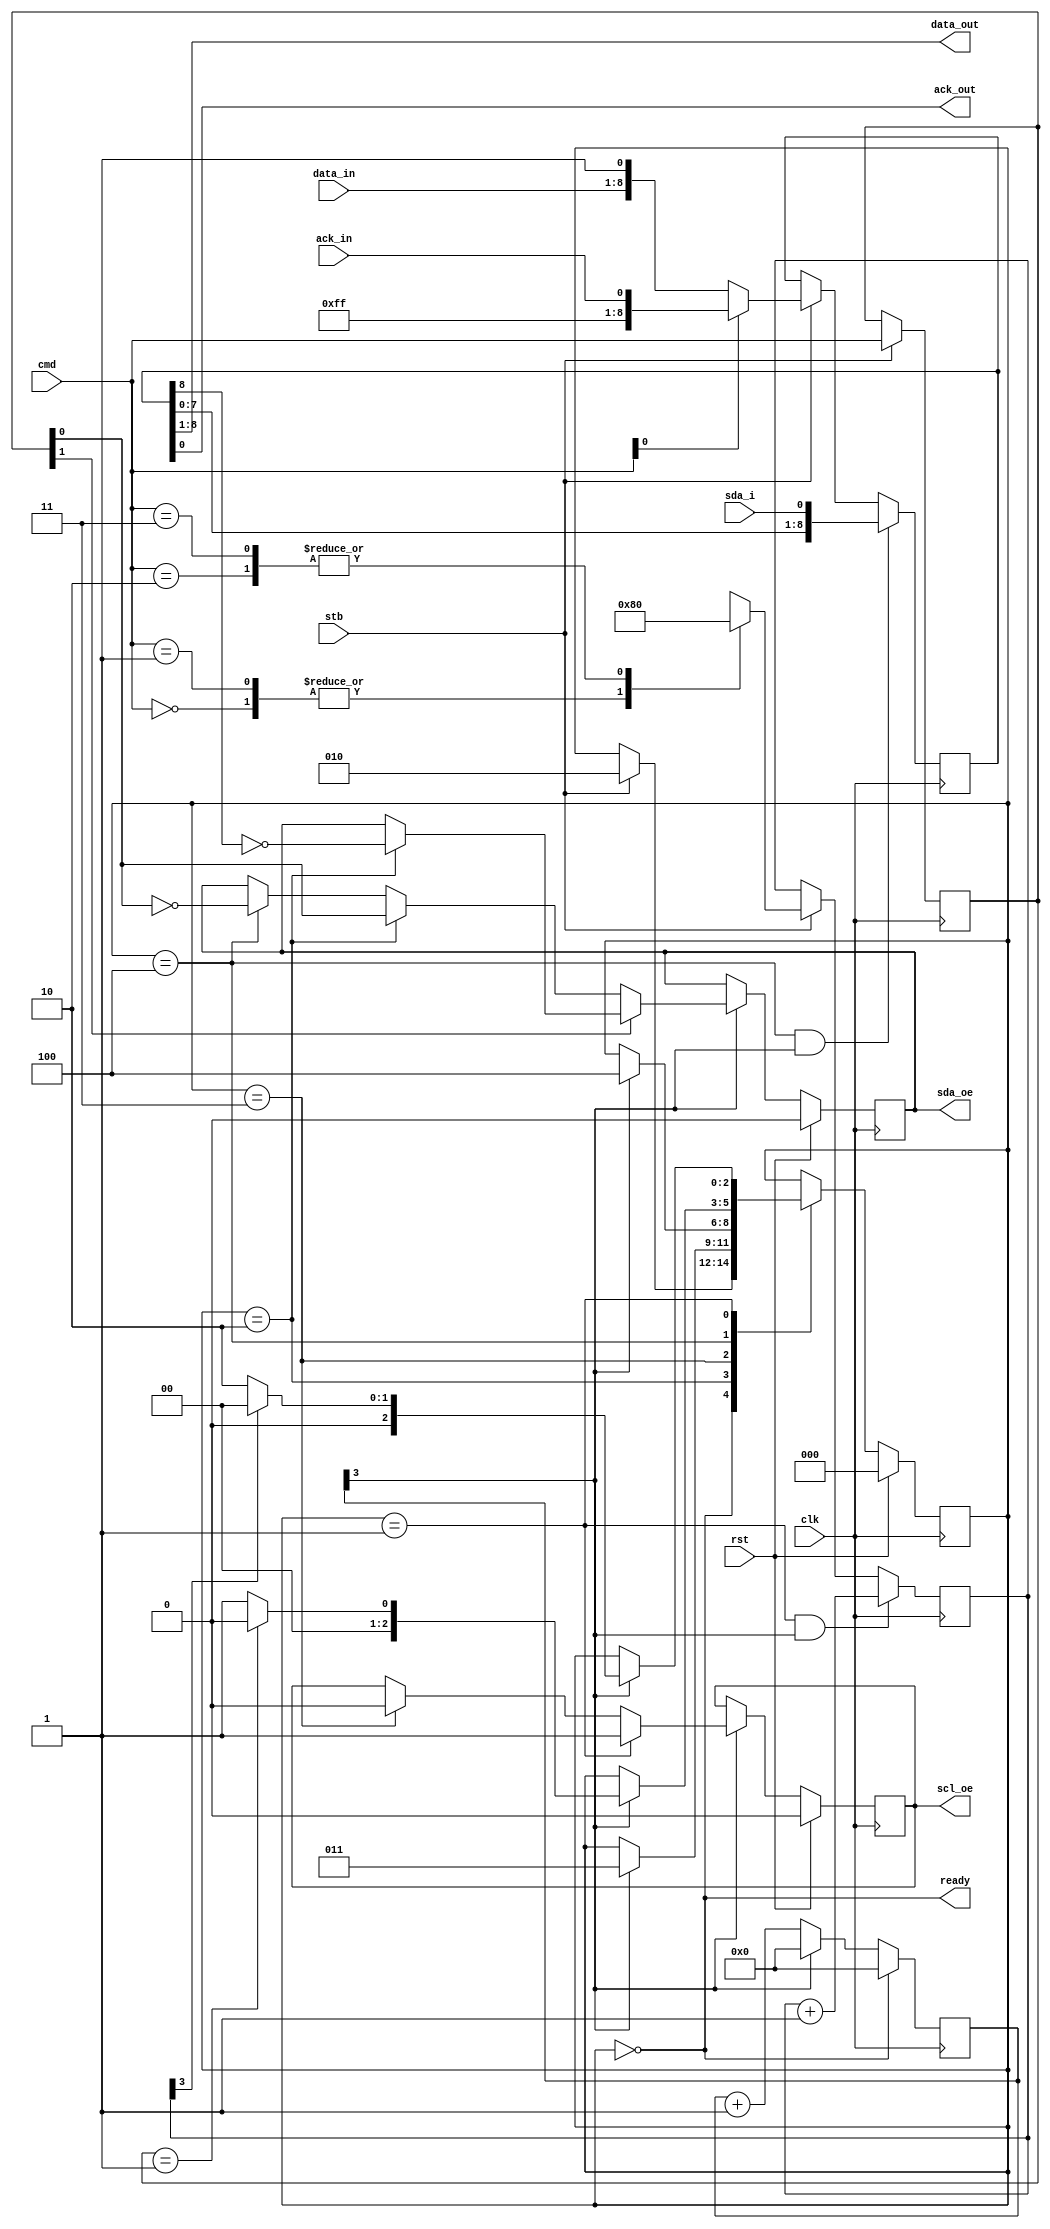
/*
 * i2c_master.v
 *
 * vim: ts=4 sw=4
 *
 * Copyright (C) 2019-2021  Sylvain Munaut <tnt@246tNt.com>
 * SPDX-License-Identifier: CERN-OHL-P-2.0
 */

`default_nettype none

module i2c_master #(
	parameter integer DW = 3
)(
	// IOs
	output reg  scl_oe,
	output reg  sda_oe,
	input  wire sda_i,

	// Control
	input  wire [7:0] data_in,
	input  wire       ack_in,
	input  wire [1:0] cmd,
	input  wire       stb,

	output wire [7:0] data_out,
	output wire       ack_out,

	output wire ready,

	// Clock / Reset
	input  wire clk,
	input  wire rst
);

	// Commands
	localparam [1:0] CMD_START = 2'b00;
	localparam [1:0] CMD_STOP  = 2'b01;
	localparam [1:0] CMD_WRITE = 2'b10;
	localparam [1:0] CMD_READ  = 2'b11;

	// FSM states
	localparam
		ST_IDLE       = 0,
		ST_LOWER_SCL  = 1,
		ST_LOW_CYCLE  = 2,
		ST_RISE_SCL   = 3,
		ST_HIGH_CYCLE = 4;


	// Signals
	// -------

	reg [2:0] state;
	reg [2:0] state_nxt;

	reg [1:0] cmd_cur;

	reg [DW:0] cyc_cnt;
	wire cyc_now;

	reg [3:0] bit_cnt;
	wire bit_last;

	reg [8:0] data_reg;


	// State Machine
	// -------------

	always @(posedge clk)
		if (rst)
			state <= ST_IDLE;
		else
			state <= state_nxt;

	always @(*)
	begin
		// Default is to stay put
		state_nxt = state;

		// Act depending on current state
		case (state)
			ST_IDLE:
				if (stb)
					state_nxt = ST_LOW_CYCLE;

			ST_LOW_CYCLE:
				if (cyc_now)
					state_nxt = ST_RISE_SCL;

			ST_RISE_SCL:
				if (cyc_now)
					state_nxt = ST_HIGH_CYCLE;

			ST_HIGH_CYCLE:
				if (cyc_now)
					state_nxt = (cmd_cur == 2'b01) ? ST_IDLE : ST_LOWER_SCL;

			ST_LOWER_SCL:
				if (cyc_now)
					state_nxt = bit_last ? ST_IDLE : ST_LOW_CYCLE;
		endcase
	end

	// Misc control
	// ------------

	always @(posedge clk)
		if (stb)
			cmd_cur <= cmd;


	// Baud Rate generator
	// -------------------

	always @(posedge clk)
		if (state == ST_IDLE)
			cyc_cnt <= 0;
		else
			cyc_cnt <= cyc_cnt[DW] ? 0 : (cyc_cnt + 1);

	assign cyc_now = cyc_cnt[DW];


	// Bit count
	// ---------

	always @(posedge clk)
		if ((state == ST_LOWER_SCL) && cyc_now)
			bit_cnt <= bit_cnt + 1;
		else if (stb)
			case (cmd)
				2'b00:   bit_cnt <= 4'h8; // START
				2'b01:   bit_cnt <= 4'h8; // STOP
				2'b10:   bit_cnt <= 4'h0; // Write
				2'b11:   bit_cnt <= 4'h0; // Read
				default: bit_cnt <= 4'hx;
			endcase

	assign bit_last = bit_cnt[3];


	// Data register
	// -------------

	always @(posedge clk)
		if ((state == ST_HIGH_CYCLE) && cyc_now)
			data_reg <= { data_reg[7:0], sda_i };
		else if (stb)
			// Only handle Write / Read. START & STOP is handled in IO mux
			data_reg <= cmd[0] ? { 8'b11111111, ack_in } : { data_in, 1'b1 };


	// IO
	// --

	always @(posedge clk)
		if (rst)
			scl_oe <= 1'b0;
		else if (cyc_now) begin
			if (state == ST_LOWER_SCL)
				scl_oe <= 1'b1;
			else if (state == ST_RISE_SCL)
				scl_oe <= 1'b0;
		end

	always @(posedge clk)
		if (rst)
			sda_oe <= 1'b0;
		else if (cyc_now) begin
			if (~cmd_cur[1]) begin
				if (state == ST_LOW_CYCLE)
					sda_oe <=  cmd_cur[0];
				else if (state == ST_HIGH_CYCLE)
					sda_oe <= ~cmd_cur[0];
			end else begin
				if (state == ST_LOW_CYCLE)
					sda_oe <= ~data_reg[8];
			end
		end


	// User IF
	// -------

	assign data_out = data_reg[8:1];
	assign ack_out  = data_reg[0];

	assign ready = (state == ST_IDLE);

endmodule